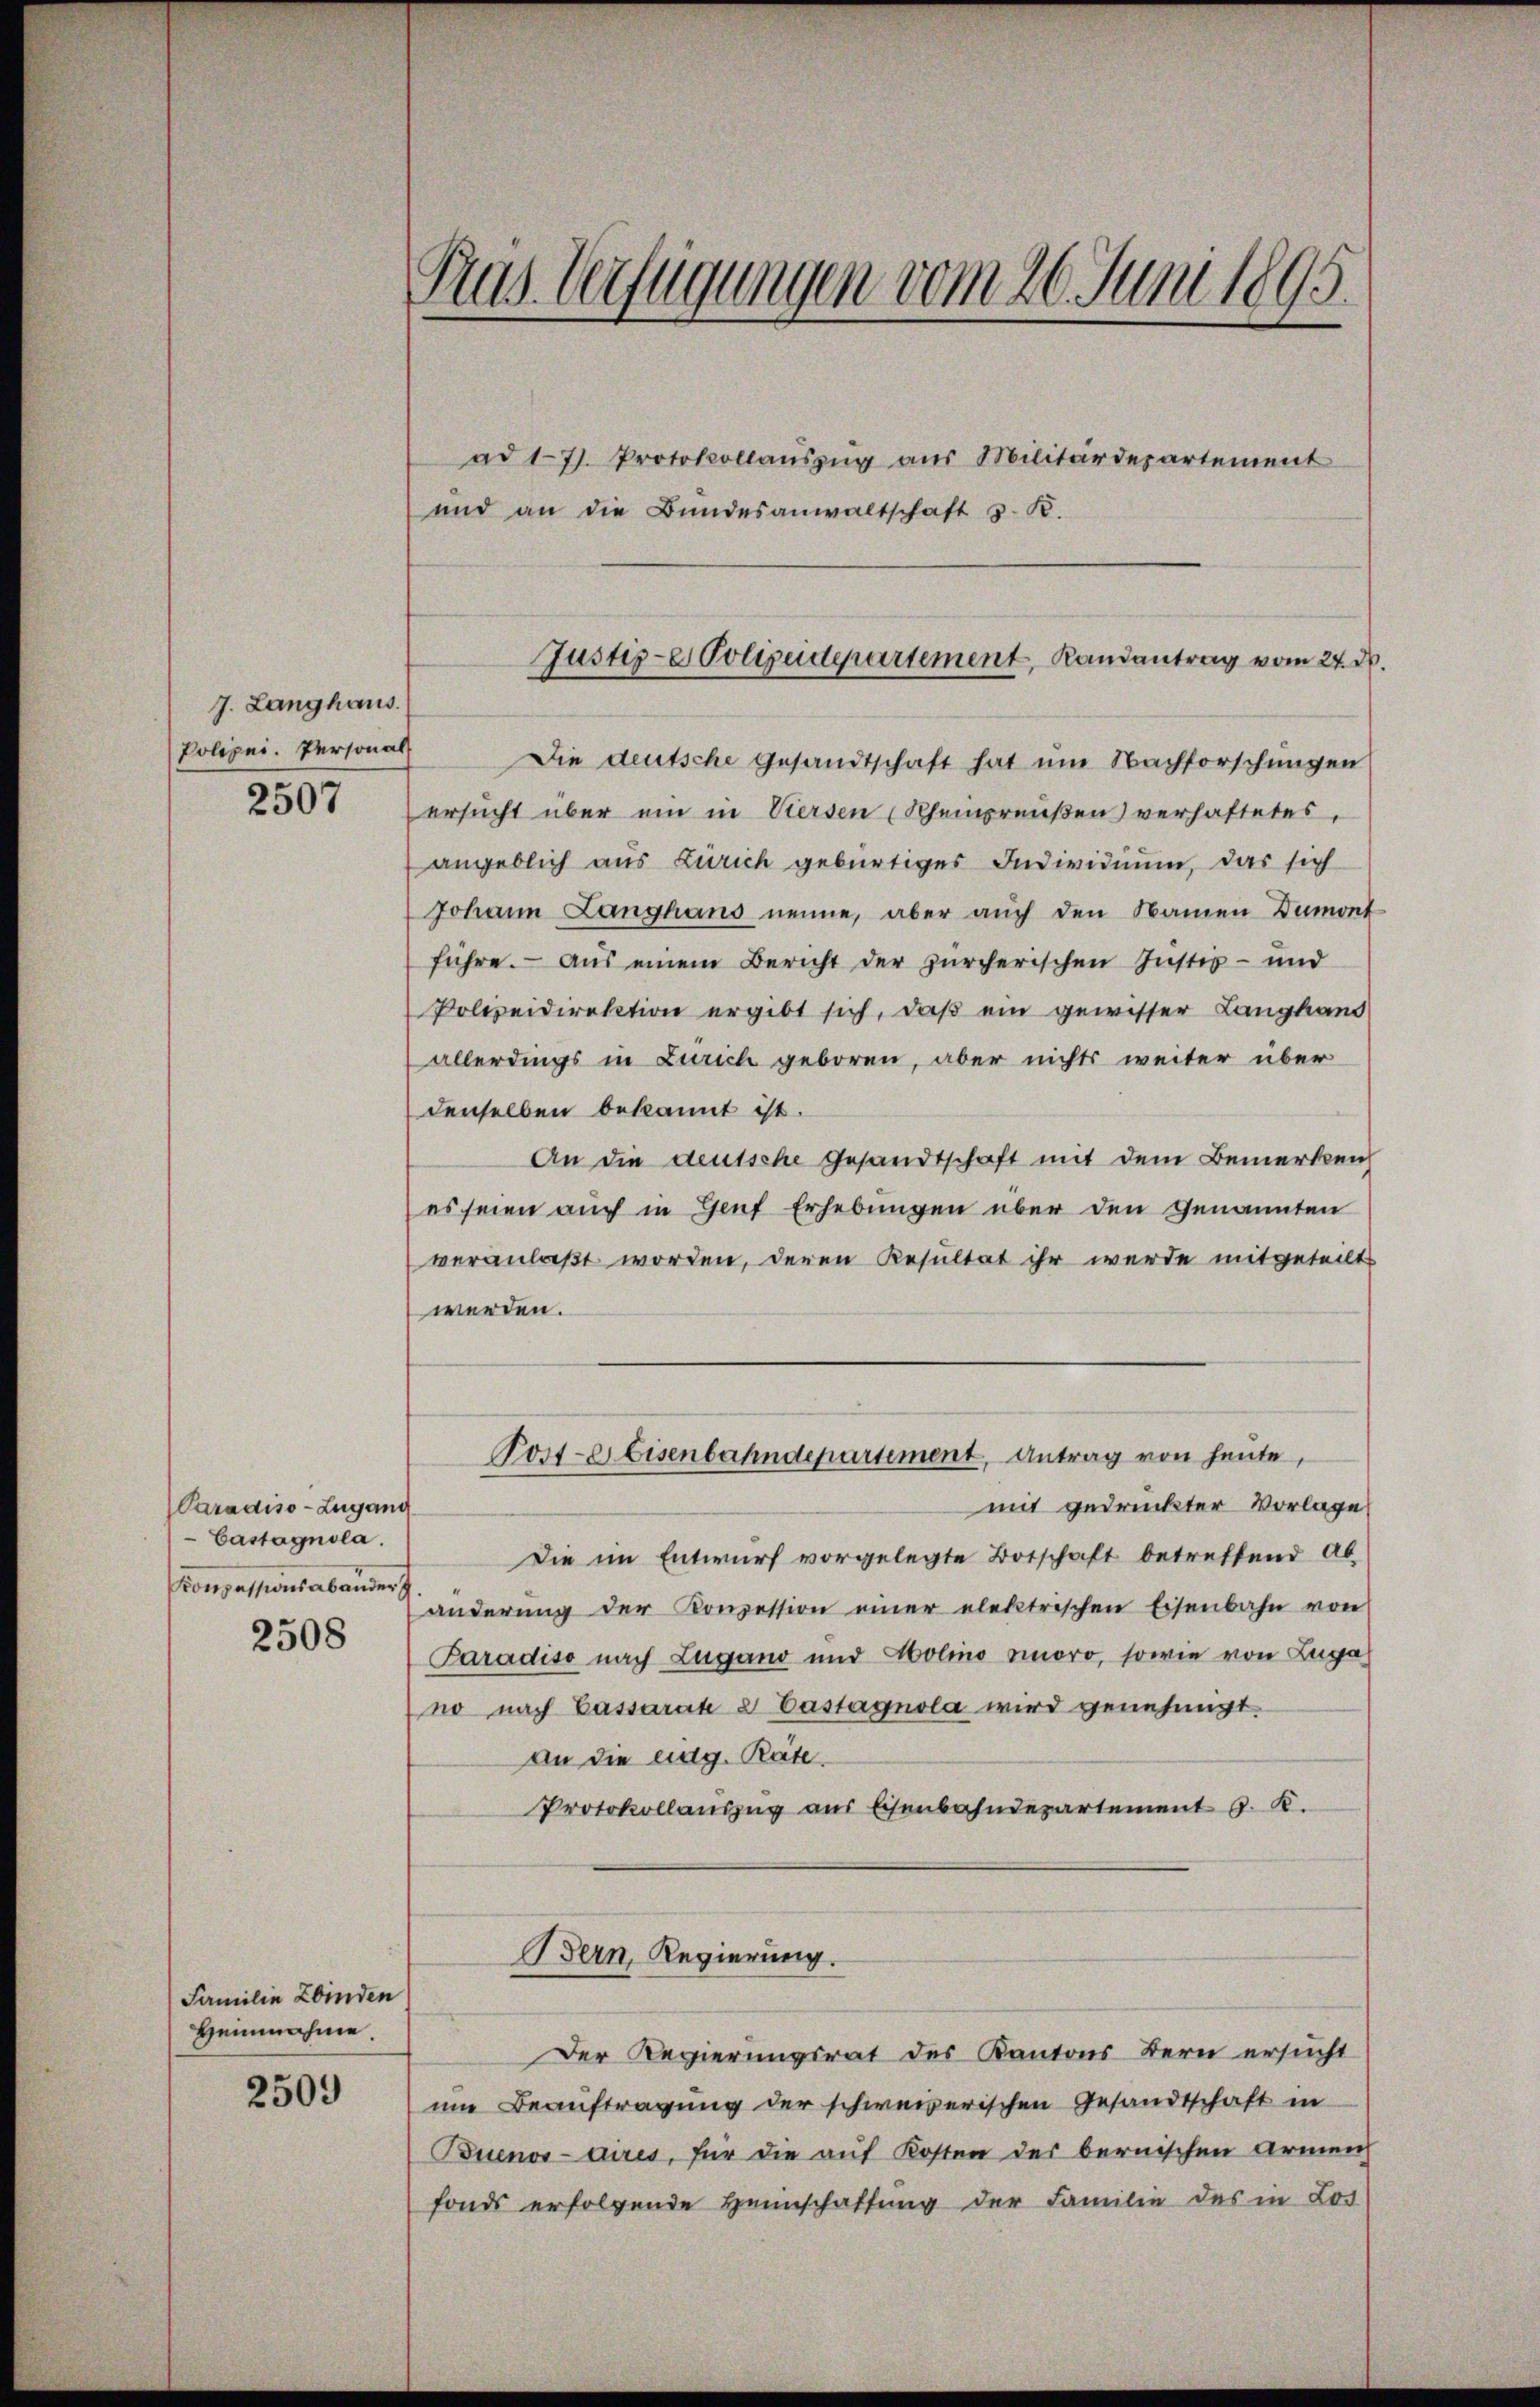
7. Langhaus.
Polizei. Personal

2507

Paradiso-Lugang
Castagnola.
Konzessionsabander

2508

Familie binden
Heinnahme.

2509

ad 177. Protokollaŭszŭg aŭs Militärdepartement
und an die Bundesanwaltschaft v. K.

Pras. Verfügungen vom 20. Juni 1895.

Die deutsche Gesandtschaft hat um Nachforschungen
ersucht über ein in Viersen (Scheinpreußen verhaftetes,
angeblich aus Zürich gebürtiges Individuum, das sich
Johann Langhans nenne, aber auch den Namen Dumont
führe. — Aus einem Bericht der zürcherischen Instes- und
Polizeidirektion ergibt sich, daß ein gewisser Langhand
allerdings in Zürich geboren, aber nichts weiter über
denselben bekannt ist.
An die deutsche Gesandtschaft mit dem Bemerken
es seien auch in Genf Erhebungen über den Genannten
veranlaßt worden, deren Resultat ihr werde mitgeteilt
werden.
mit gedruckter Vorlage
Die im Entwurf vorgelegte Botschaft betreffend abänderŭng der Konzession einer elektrischen Eisenbahn von
Paradiso nach Lugano und Holmo amoro, sowie von Zuga
no nach Cassarate & Castagnola wird genehmigt.
An die eidg. Rate
Protokollaŭszŭg aŭs Eisenbahndepartement J. K.
Bern, Regierung.
Der Regierungsrat des Kantons Bern ersucht
um Beauftragung der schweizerischen Gesandtschaft in
Buenos-aires, für die auf Kosten der bernischen Armen
fonds erfolgende Heimschaffung der Familie des in Los

Justiz-e Polizeidepartement, Randantrag vom 24. d.

Poste. Eisenbahndepartement, Antrag von heute,